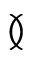
\between